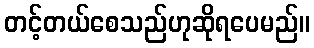
တင့်တယ်စေသည်ဟုဆိုရပေမည်။